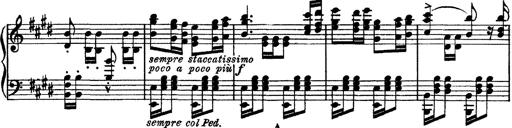
Title: Tarantelle di bravura dâ€™aprÃ¨s la tarantelle de La muette de Portici
Composer: Franz Liszt